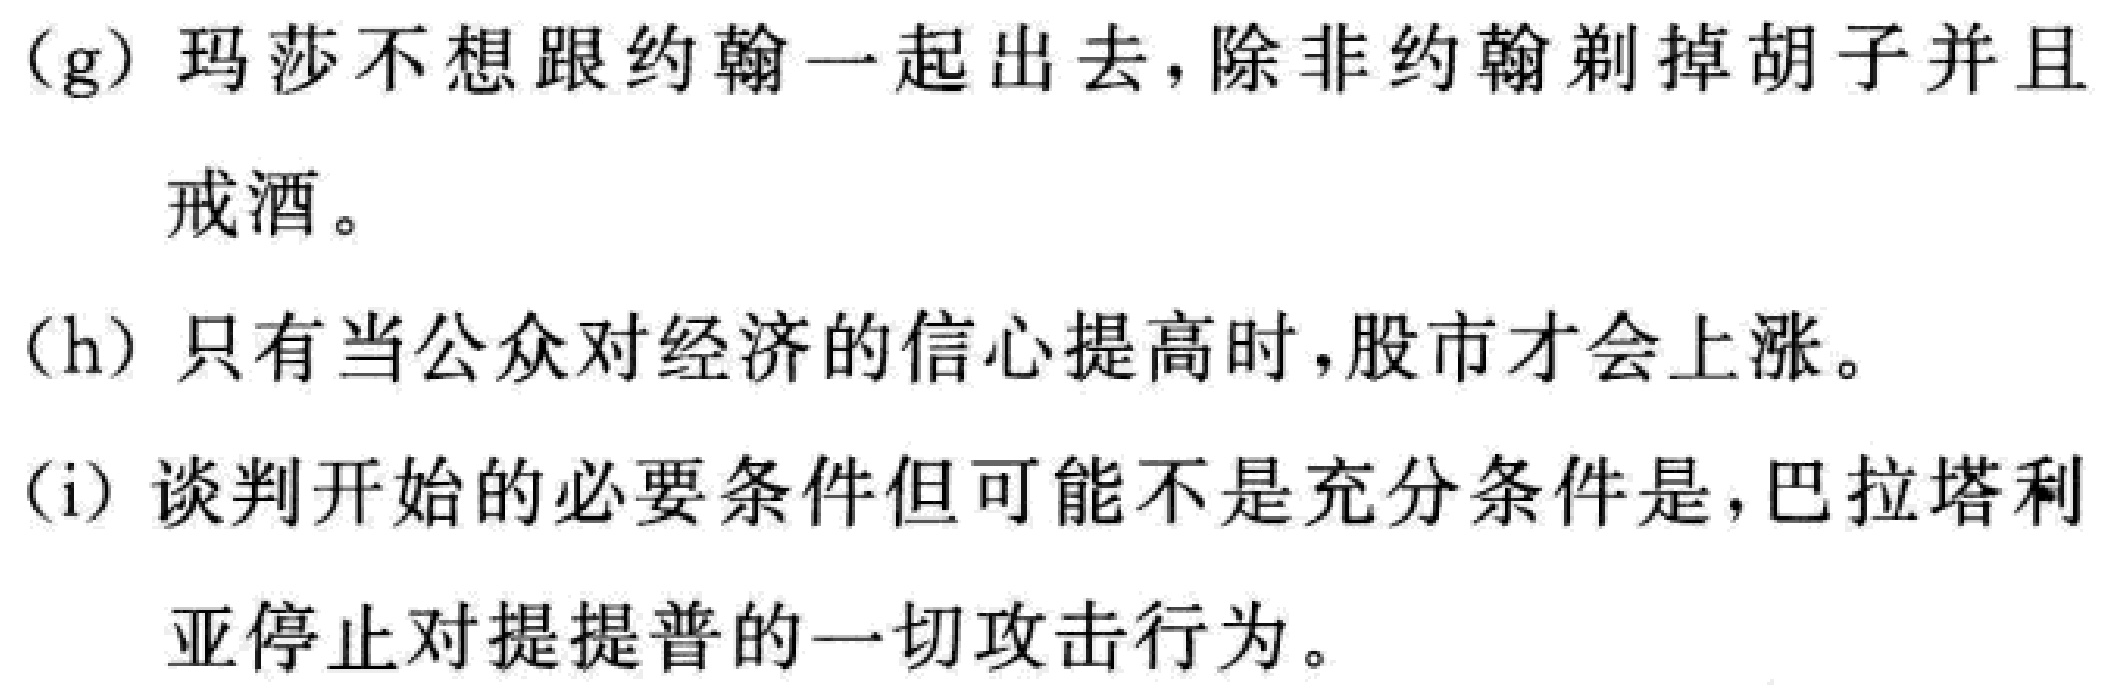
(g) 玛莎不想跟约翰一起出去，除非约翰剃掉胡子并且戒酒。
(h) 只有当公众对经济的信心提高时，股市才会上涨。
(i) 谈判开始的必要条件但可能不是充分条件是，巴拉塔利亚停止对提提普的一切攻击行为。